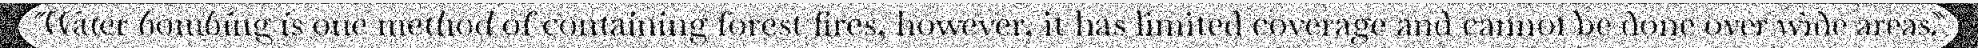
"Water bombing is one method of containing forest fires, however, it has limited coverage and cannot be done over wide areas."